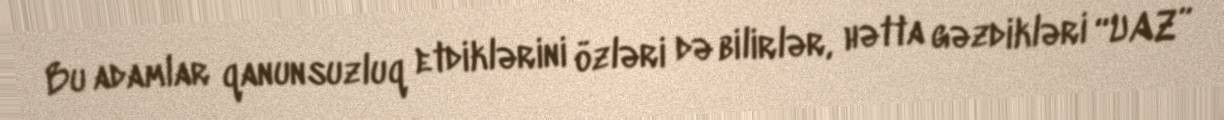
Bu adamlar qanunsuzluq etdiklərini özləri də bilirlər, hətta gəzdikləri “UAZ”